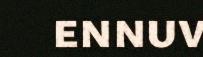
ennuv